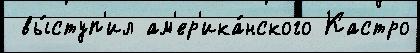
 вы́ступ'ил ам'ер'ика́нского Кастро